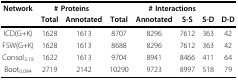
| Network | <COLSPAN=2> # Proteins | <COLSPAN=5> # Interactions |
 |  | Total | Annotated | Total | Annotated | S-S | S-D | D-D |
 | --- | --- | --- | --- | --- | --- | --- | --- |
 | ICD(G+K) | 1628 | 1613 | 8707 | 8296 | 7612 | 363 | 42 |
 | FSW(G+K) | 1628 | 1613 | 8688 | 8296 | 7612 | 363 | 42 |
 | Consol3.19 | 1622 | 1613 | 9704 | 8941 | 8466 | 411 | 64 |
 | Boot0.094 | 2719 | 2142 | 10290 | 9723 | 8997 | 518 | 79 |